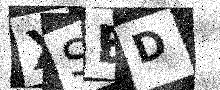
Text: XSBD